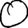
Digit: 0